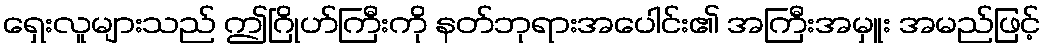
ရှေးလူများသည် ဤဂြိုဟ်ကြီးကို နတ်ဘုရားအပေါင်း၏ အကြီးအမှူး အမည်ဖြင့်